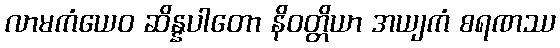
လာမကံယေဝ ဆိန္နပါတော နိဝတ္တိယာ အယျကံ စရဏဿ